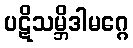
ပဋိသမ္ဘိဒါမဂ္ဂေ